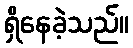
ရှိနေခဲ့သည်။